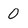
Character: 0